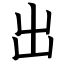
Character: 出